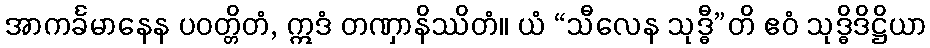
အာကင်္ခမာနေန ပဝတ္တိတံ, ဣဒံ တဏှာနိဿိတံ။ ယံ “သီလေန သုဒ္ဓီ”တိ ဧဝံ သုဒ္ဓိဒိဋ္ဌိယာ